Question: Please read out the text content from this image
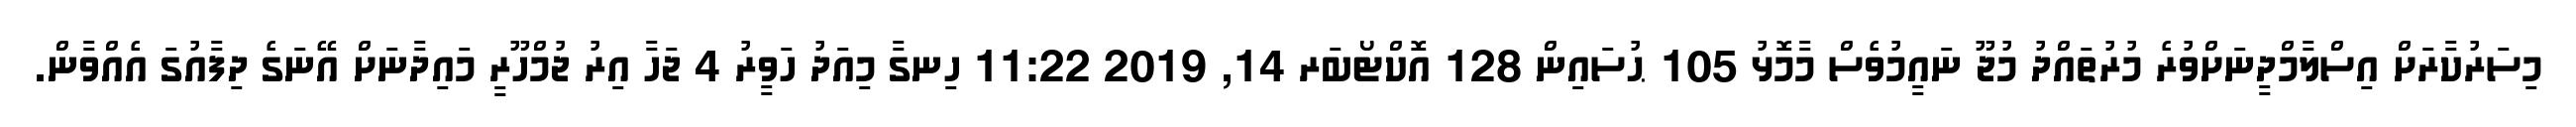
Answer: މިސަރުކާރަށް އިސްލާމްދީނަށްވުރެ މުރުތައްދު މުޖޫ ނައީމުވެސް މާމޮޅު 105 ޙުސައިން 128 އޮކްޓޯބަރ 14, 2019 11:22 ހިނގާ މިއަދު ހަވީރު 4 ޖަހާ އިރު ޖުމްހޫރީ މައިދާނަށް އޭނަގެ ދިފާއުގަ އެއްވާން.